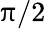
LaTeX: \uppi/2